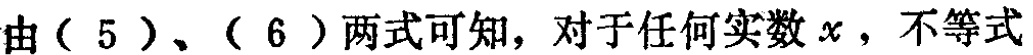
由（5）、（6）两式可知，对于任何实数\(x\)，不等式